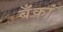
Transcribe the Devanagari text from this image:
बँकां